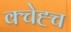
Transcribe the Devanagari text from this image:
क्चेह्च